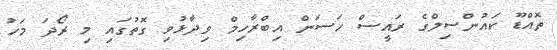
ތޮއްޑޫ ކައުންސިލްގެ ރައީސް ހަސަން އިބްރާހިމް ވިދާޅުވި ގޮތުގައި މި ރޯދަ މަހު